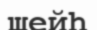
шейһ